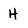
Character: H